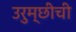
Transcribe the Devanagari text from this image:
उरुम्छीची